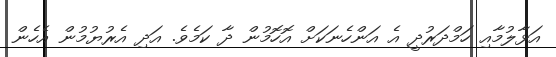
އަޅާލުމާއި ހަމްދަރުދީ އެ އަންހެނަކަށް އޮހޮމުން ދާ ކަމެވެ. އަދި އެރުޔުމުން އެހެން